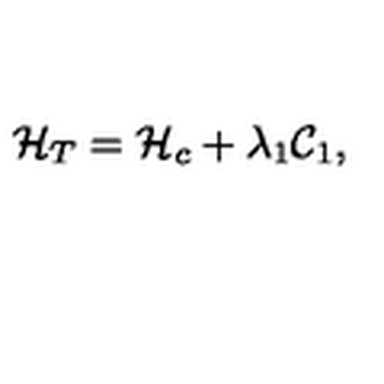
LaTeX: { \cal H } _ { T } = { \cal H } _ { c } + \lambda _ { 1 } { \cal C } _ { 1 } ,